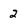
Character: 2